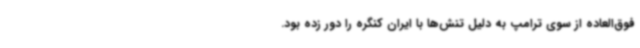
فوق‌العاده از سوی ترامپ به دلیل تنش‌ها با ایران کنگره را دور زده بود.